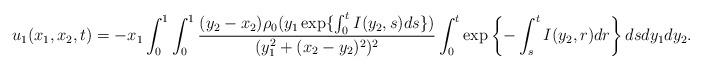
LaTeX: \begin{align*}u_1(x_1,x_2,t)=-x_1\int_0^1\int_0^1\frac{(y_2-x_2)\rho_0(y_1\exp\{\int_0^tI(y_2,s)ds\})}{(y_1^2+(x_2-y_2)^2)^2}\int_0^t \exp\left\{-\int_s^t I(y_2,r)dr\right\} ds dy_1 dy_2.\end{align*}